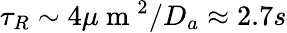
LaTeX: \tau_{R}\sim 4\mu\mathrm{~m~}^{2}/D_{a}\approx 2.7s